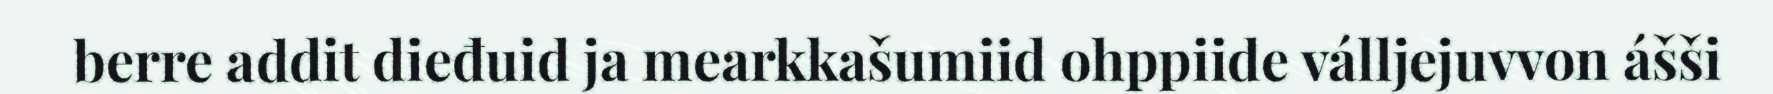
berre addit dieđuid ja mearkkašumiid ohppiide válljejuvvon ášši